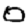
Digit: 0